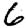
Digit: 6